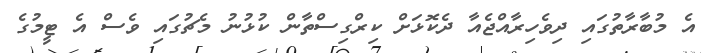
އެ މުބާރާތުގައި ދިވެހިރާއްޖެއާ ދެކޮޅަށް ކިރްގިސްތާން ކުޅުނު މެޗުގައި ވެސް އެ ޓީމުގެ